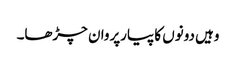
وہیں دونوں کا پیارپروان چڑھا۔